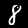
Digit: 8